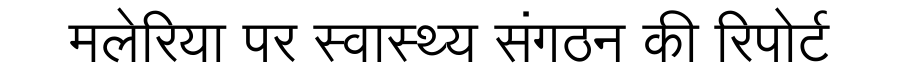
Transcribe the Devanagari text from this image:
मलेरिया पर स्वास्थ्य संगठन की रिपोर्ट